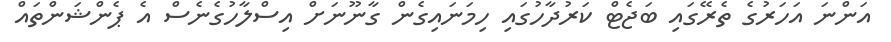
އަންނަ އަހަރުގެ ތެރޭގައި ބަޖެޓް ކަރުދާހުގައި ހިމަނައިގެން ގާނޫނަށް އިސްލާހުގެނެސް އެ ޕެންޝަންތައް